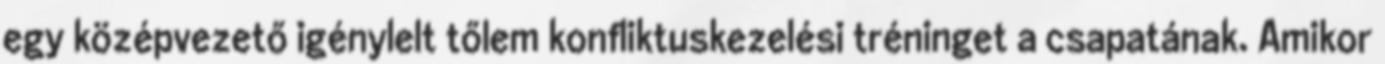
egy középvezető igénylelt tőlem konfliktuskezelési tréninget a csapatának. Amikor